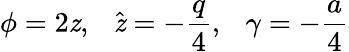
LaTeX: \phi=2\mathit{z},~~~\hat{{\mathit{z}}}=-\frac{{q}}{{4}},~~~\gamma=-\frac{{a}}{{4}}